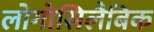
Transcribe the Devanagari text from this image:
लोगोसिलैबिक